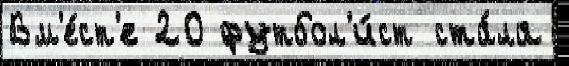
Вм'е́ст'е 20 футбол'и́ст ста́ла